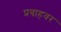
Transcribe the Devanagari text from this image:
प्रवाहवर